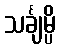
သင်္ချမ္ပိ